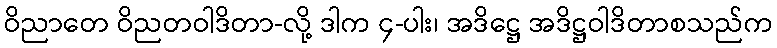
ဝိညာတေ ဝိညတဝါဒိတာ-လို့ ဒါက ၄-ပါး၊ အဒိဋ္ဌေ အဒိဋ္ဌဝါဒိတာစသည်က